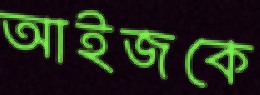
আইজকে